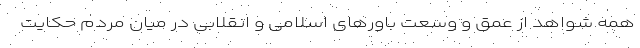
همه شواهد از عمق و وسعت باورهای اسلامی و انقلابی در میان مردم حکایت